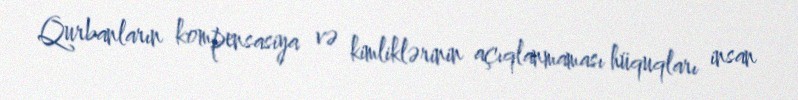
Qurbanların kompensasiya və kimliklərinin açıqlanmaması hüquqları insan